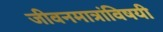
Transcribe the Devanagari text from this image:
जीवनमात्रांविषयी